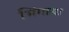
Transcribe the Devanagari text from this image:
भिंगाया